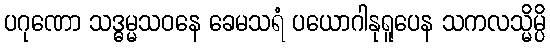
ပဂုဏော သဒ္ဓမ္မသဝနေ ခေမသရံ ပယောဂါနုရူပေန သကလသ္မိမ္ပိ